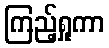
ကြည့်ရှုကာ